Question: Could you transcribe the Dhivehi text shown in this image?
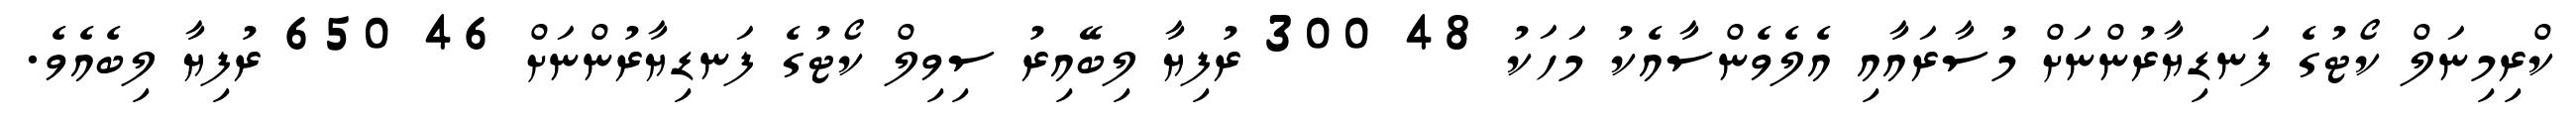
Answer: ކްރިމިނަލް ކޯޓުގެ ފަނޑިޔާރުންނަށް މުސާރައާއި އެލެވެންސާއެކު މަހަކު 48 300 ރުފިޔާ ލިބޭއިރު ސިވިލް ކޯޓުގެ ފަނޑިޔާރުންނަށް 46 650 ރުފިޔާ ލިބެއެވެ.